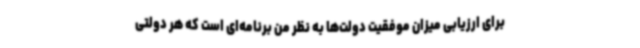
برای ارزیابی میزان موفقیت دولت‌ها به نظر من برنامه‌ای است که هر دولتی